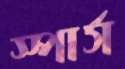
স্পার্স